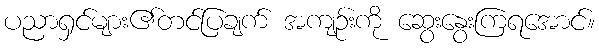
ပညာရှင်များ၏တင်ပြချက် အကျဉ်းကို ဆွေးနွေးကြရအောင်။